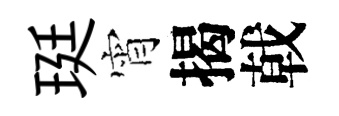
珽宵揭戟